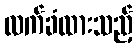
လက်ခံထားသည့်